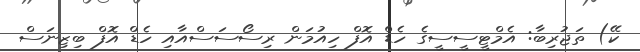
ކޭ) ތަޖުރިބާ: އެމްޓީސީސީގެ ހެޑް އޮފް ހިއުމަން ރިސޯސަސްއާއި ހެޑް އޮފް ބިޒިނަސް